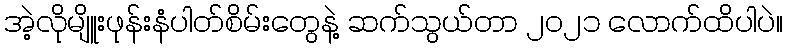
အဲ့လိုမျိူးဖုန်းနံပါတ်စိမ်းတွေနဲ့ ဆက်သွယ်တာ ၂၀၂၁ လောက်ထိပါပဲ။